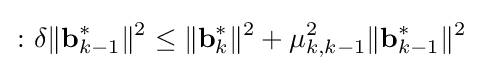
\colon \delta \Vert \mathbf {b} _{k-1}^{*}\Vert ^{2}\leq \Vert \mathbf {b} _{k}^{*}\Vert ^{2}+\mu _{k,k-1}^{2}\Vert \mathbf {b} _{k-1}^{*}\Vert ^{2}